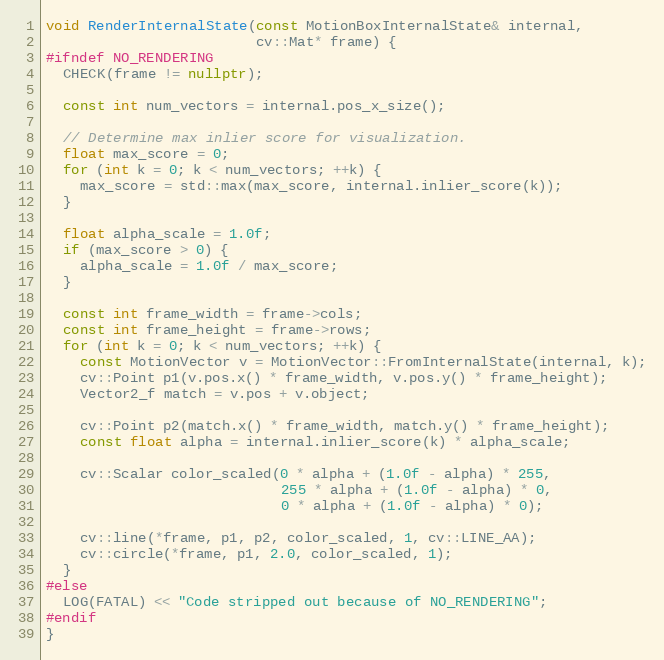
Language: C++
void RenderInternalState(const MotionBoxInternalState& internal,
                         cv::Mat* frame) {
#ifndef NO_RENDERING
  CHECK(frame != nullptr);

  const int num_vectors = internal.pos_x_size();

  // Determine max inlier score for visualization.
  float max_score = 0;
  for (int k = 0; k < num_vectors; ++k) {
    max_score = std::max(max_score, internal.inlier_score(k));
  }

  float alpha_scale = 1.0f;
  if (max_score > 0) {
    alpha_scale = 1.0f / max_score;
  }

  const int frame_width = frame->cols;
  const int frame_height = frame->rows;
  for (int k = 0; k < num_vectors; ++k) {
    const MotionVector v = MotionVector::FromInternalState(internal, k);
    cv::Point p1(v.pos.x() * frame_width, v.pos.y() * frame_height);
    Vector2_f match = v.pos + v.object;

    cv::Point p2(match.x() * frame_width, match.y() * frame_height);
    const float alpha = internal.inlier_score(k) * alpha_scale;

    cv::Scalar color_scaled(0 * alpha + (1.0f - alpha) * 255,
                            255 * alpha + (1.0f - alpha) * 0,
                            0 * alpha + (1.0f - alpha) * 0);

    cv::line(*frame, p1, p2, color_scaled, 1, cv::LINE_AA);
    cv::circle(*frame, p1, 2.0, color_scaled, 1);
  }
#else
  LOG(FATAL) << "Code stripped out because of NO_RENDERING";
#endif
}